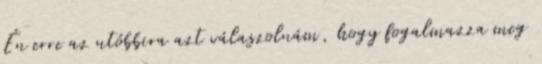
Én erre az utóbbira azt válaszolnám, hogy fogalmazza meg